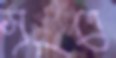
সূত্রে